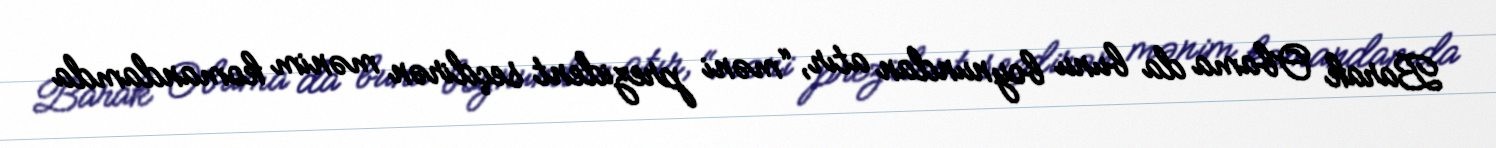
Barak Obama da bunu boynundan atır, “məni prezident seçdirən mənim komandamda